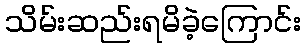
သိမ်းဆည်းရမိခဲ့ကြောင်း